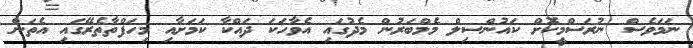
ނަމަވެސް ނުރަސްމީކޮށް ކައުންސިލް މެމްބަރުން މެދުގައި އެވާހަކަ ދައްކާ ކަމަށާއި މިހަފްތާތެރޭގައި އެތަން